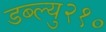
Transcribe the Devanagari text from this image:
डब्ल्यु२१०